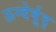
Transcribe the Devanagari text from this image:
ऊन्देर्वूद्